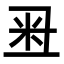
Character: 𥸨